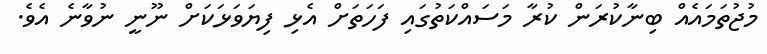
މުޖުތަމައެއް ބިނާކުރަން ކުރާ މަސައްކަތުގައި ފަހަތަށް އެޅި ފިޔަވަޅަކަށް ނޫނީ ނުވާނެ އެވެ.